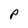
Character: P